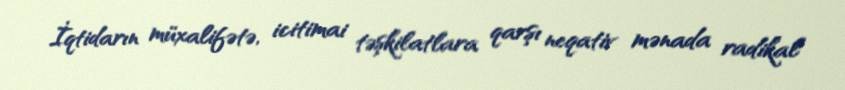
İqtidarın müxalifətə, icitimai təşkilatlara qarşı neqativ mənada radikal